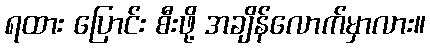
ရထား ပြောင်း စီးဖို့ အချိန်လောက်မှာလား။